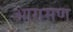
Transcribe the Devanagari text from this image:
आगमण